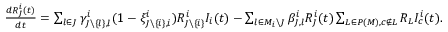
\begin{array} { l } { \frac { d R _ { J } ^ { i } ( t ) } { d t } = \sum _ { l \in J } \gamma _ { J \backslash \{ l \} , l } ^ { i } ( 1 - \xi _ { J \backslash \{ i \} , i } ^ { i } ) R _ { J \backslash \{ i \} } ^ { i } I _ { i } ( t ) - \sum _ { l \in M _ { i } \backslash J } \beta _ { J , l } ^ { i } R _ { J } ^ { i } ( t ) \sum _ { L \in P ( M ) , c \not \in L } R _ { L } I _ { c } ^ { i } ( t ) . } \end{array}